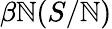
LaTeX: \beta\mathbb{N}(S/\mathbb{N})